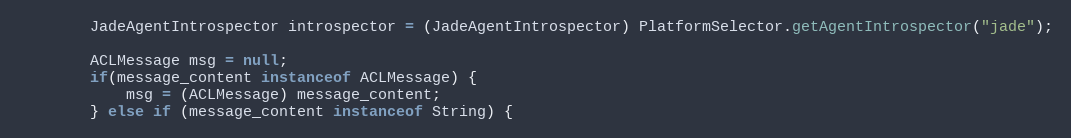
Language: Java
        JadeAgentIntrospector introspector = (JadeAgentIntrospector) PlatformSelector.getAgentIntrospector("jade");

        ACLMessage msg = null;
        if(message_content instanceof ACLMessage) {
            msg = (ACLMessage) message_content;
        } else if (message_content instanceof String) {